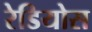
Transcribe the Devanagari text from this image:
रेडियोस